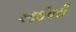
આઈવરી